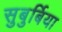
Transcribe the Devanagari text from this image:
सुबुर्बिया